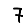
Digit: 7